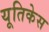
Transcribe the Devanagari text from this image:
यूतिकेस